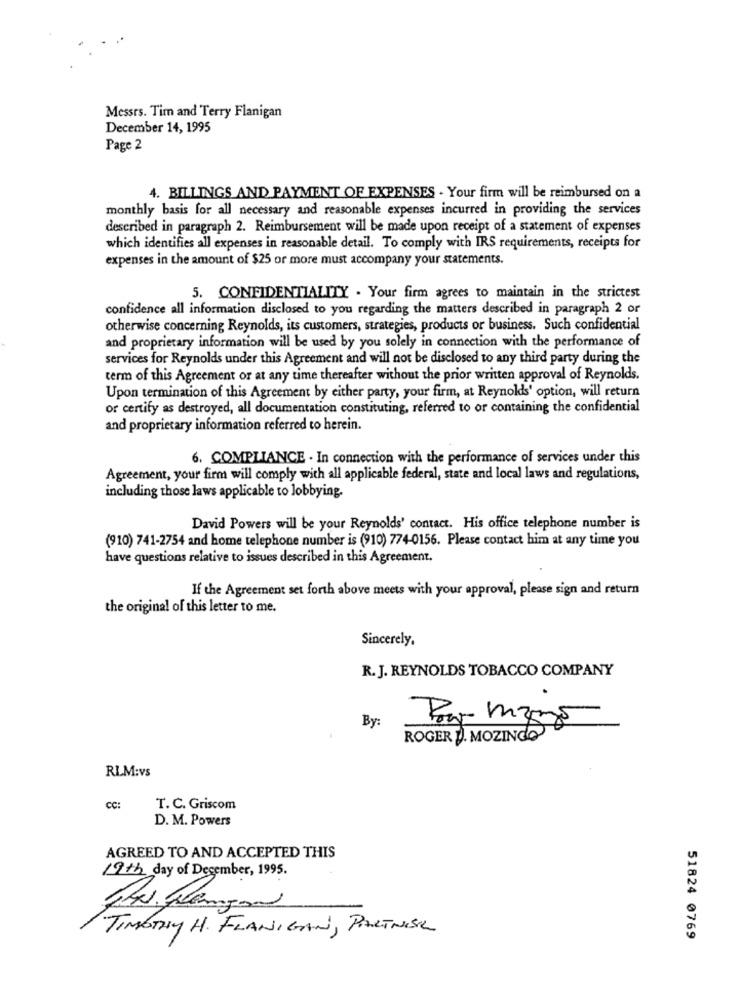
Messrs. Tim and Terry Flanigan
December 14, 1995
Page 2
4. BILLINGS AND PAYMENT OF EXPENSES . Your firm will be reimbursed on a
monthly basis for all necessary and reasonable expenses incurred in providing the services
described in paragraph 2. Reimbursement will be made upon receipt of a statement of expenses
which identifies all expenses in reasonable detail. To comply with IRS requirements, receipts for
expenses in the amount of $25 or more must accompany your statements.
5. CONFIDENTIALITY . Your firm agrees to maintain in the strictest
confidence all information disclosed to you regarding the matters described in paragraph 2 or
otherwise concerning Reynolds, its customers, strategies, products or business. Such confidential
and proprietary information will be used by you solely in connection with the performance of
services for Reynolds under this Agreement and will not be disclosed to any third party during the
term of this Agreement or at any time thereafter without the prior written approval of Reynolds.
Upon termination of this Agreement by either party, your firm, at Reynolds' option, will return
or certify as destroyed, all documentation constituting, referred to or containing the confidential
and proprietary information referred to herein.
6. COMPLIANCE . In connection with the performance of services under this
Agreement, your firm will comply with all applicable federal, state and local laws and regulations,
including those laws applicable to lobbying.
David Powers will be your Reynolds' contact. His office telephone number is
(910) 741-2754 and home telephone number is (910) 774-0156. Please contact him at any time you
have questions relative to issues described in this Agreement.
If the Agreement set forth above meets with your approval, please sign and return
the original of this letter to me.
Sincerely,
R. J. REYNOLDS TOBACCO COMPANY
.
By:
ROGER D. MOZINGO
RLM:vs
CC:
T. C. Griscom
D. M. Powers
AGREED TO AND ACCEPTED THIS
19th day of December, 1995.
TIMOTHY H. FLANIGAN, PARTNISK
51824 0769